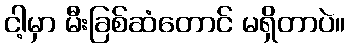
ငါ့မှာ မီးခြစ်ဆံတောင် မရှိတာပဲ။